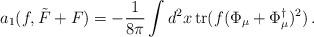
LaTeX: \begin{align*}a_1(f,\tilde F+F) =-\frac 1{8\pi} \int d^2x\,{\rm tr} (f(\Phi_\mu +\Phi_\mu^\dag )^2)\,.\end{align*}